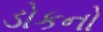
ડોકનો